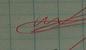
Signature authenticity: genuine